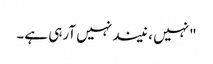
"نہیں ، نیند نہیں آرہی ہے۔